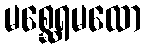
မစ္ဆေရမထော